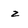
Character: 2